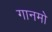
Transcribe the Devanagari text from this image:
गानमो